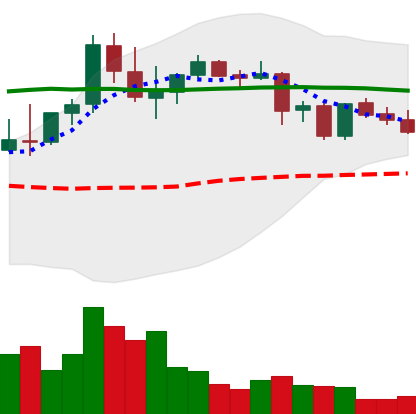
Ticker: DOGE-USD
Chart end date: 2021-08-30
Forward return: 10.019%
Label: up_7plus